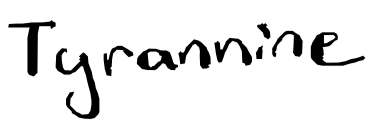
Text: Tyrannine
Cross-out: clean
Writing tool: digital_black